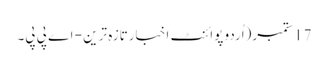
17 ستمبر(اُردو پوائنٹ اخبارتازہ ترین - اے پی پی۔